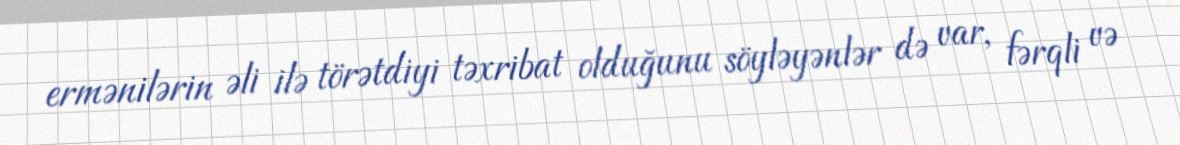
ermənilərin əli ilə törətdiyi təxribat olduğunu söyləyənlər də var, fərqli və